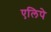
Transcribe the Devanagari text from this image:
एलिपे